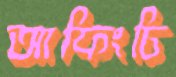
আফিংচি